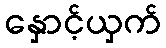
နှောင့်ယှက်